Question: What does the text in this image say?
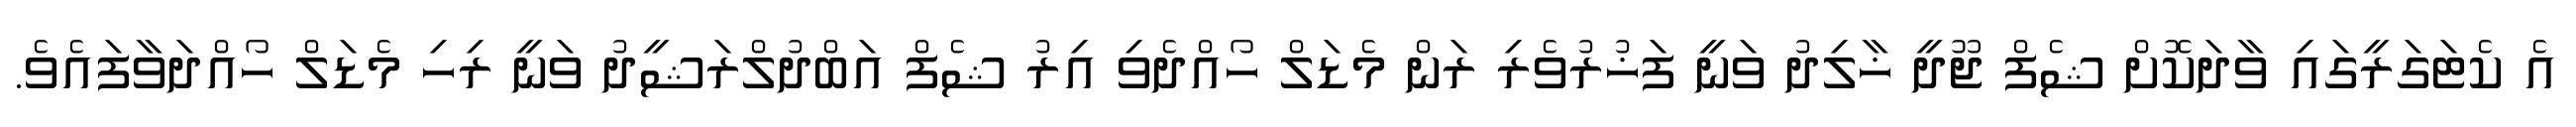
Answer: އެ ކެޓަގަރީގައި ވާދަކޮށް ޝެފް ޖޫދީ ޚާލިދު ވަނީ ފަޚުރުވެރި ރަން މެޑަލް ހޯއްދެވި އިރު ޝެފް އަބްދުލްރަޝީދު ވަނީ ރިހި މެޑަލް ހޯއްދަވާފައެވެ.